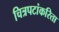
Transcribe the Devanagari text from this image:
चित्रपटांकरिता